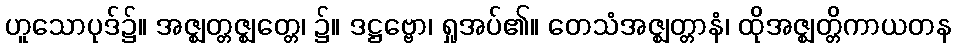
ဟူသောပုဒ်၌။ အဇ္ဈတ္တဇ္ဈတ္တေ၊ ၌။ ဒဋ္ဌဗ္ဗော၊ ရှုအပ်၏။ တေသံအဇ္ဈတ္တာနံ၊ ထိုအဇ္ဈတ္တိကာယတန